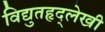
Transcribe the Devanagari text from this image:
विद्युतहृद्‌लेखी